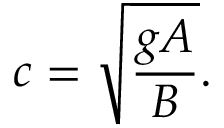
c = { \sqrt { \frac { g A } { B } } } .